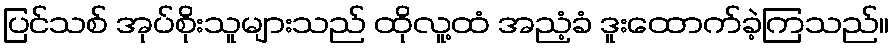
ပြင်သစ် အုပ်စိုးသူများသည် ထိုလူ့ထံ အညံ့ခံ ဒူးထောက်ခဲ့ကြသည်။